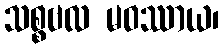
သစ္စဗလ မဝဿာယ၊